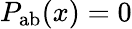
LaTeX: P_{\mathrm{ab}}(x)=0